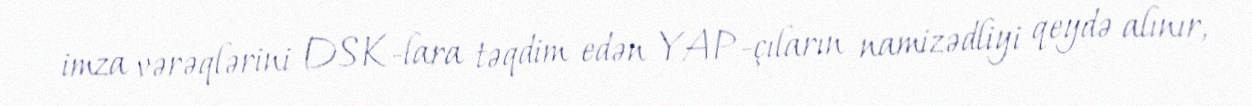
imza vərəqlərini DSK-lara təqdim edən YAP-çıların namizədliyi qeydə alınır,